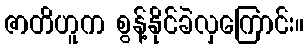
ဇာတိဟူက စွန့်နိုင်ခဲလှကြောင်း။